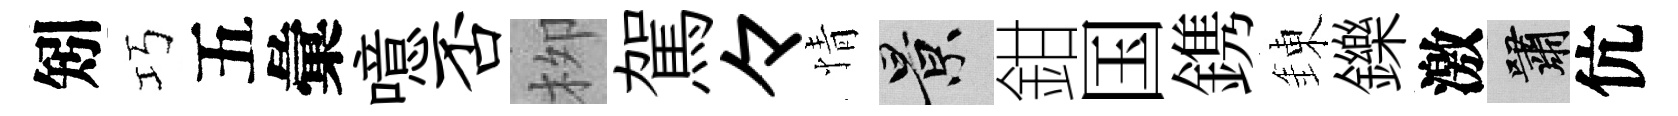
矧巧五彙噫否栁駕々情景鉗国鎸錬鑠激嘯伉